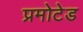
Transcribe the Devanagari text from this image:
प्रमोटेड